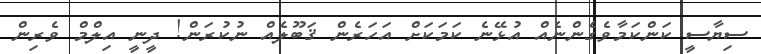
ސިޔާސީ ކަންކަމާވެގެންނެއް އުޅޭނެ ކަމަކަށް އަހަރެން ޤަބޫލެއް ނުކުރަން! ދީނީ އިލްމް ވެރިން